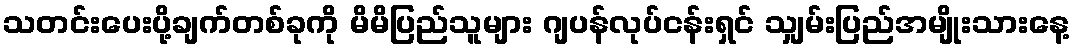
သတင်းပေးပို့ချက်တစ်ခုကို မိမိပြည်သူများ ဂျပန်လုပ်ငန်းရှင် သျှမ်းပြည်အမျိုးသားနေ့